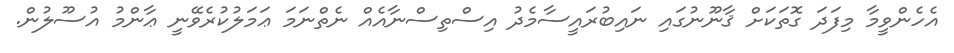
އެހެންވީމާ މިފަދަ ގޮތަކަށް ޤާނޫނުގައި ނައިބުރައީސާމެދު އިސްތިސްނާއެއް ނެތްނަމަ ޢަމަލުކުރެވޭނީ ޢާންމު އުސޫލުން.